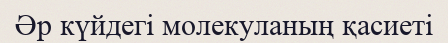
Әр күйдегі молекуланың қасиеті